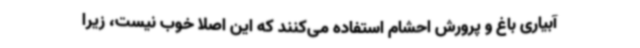
آبیاری باغ و پرورش احشام استفاده می‌کنند که این اصلاً خوب نیست، زیرا